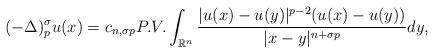
LaTeX: \begin{align*}(-\Delta)^{\sigma}_{p}u(x)=c_{n,\sigma p}P.V.\int_{\mathbb{R}^{n}}\frac{|u(x)-u(y)|^{p-2}(u(x)-u(y))}{|x-y|^{n+\sigma p}}dy,\end{align*}